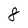
Character: 8